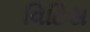
વિટિસ